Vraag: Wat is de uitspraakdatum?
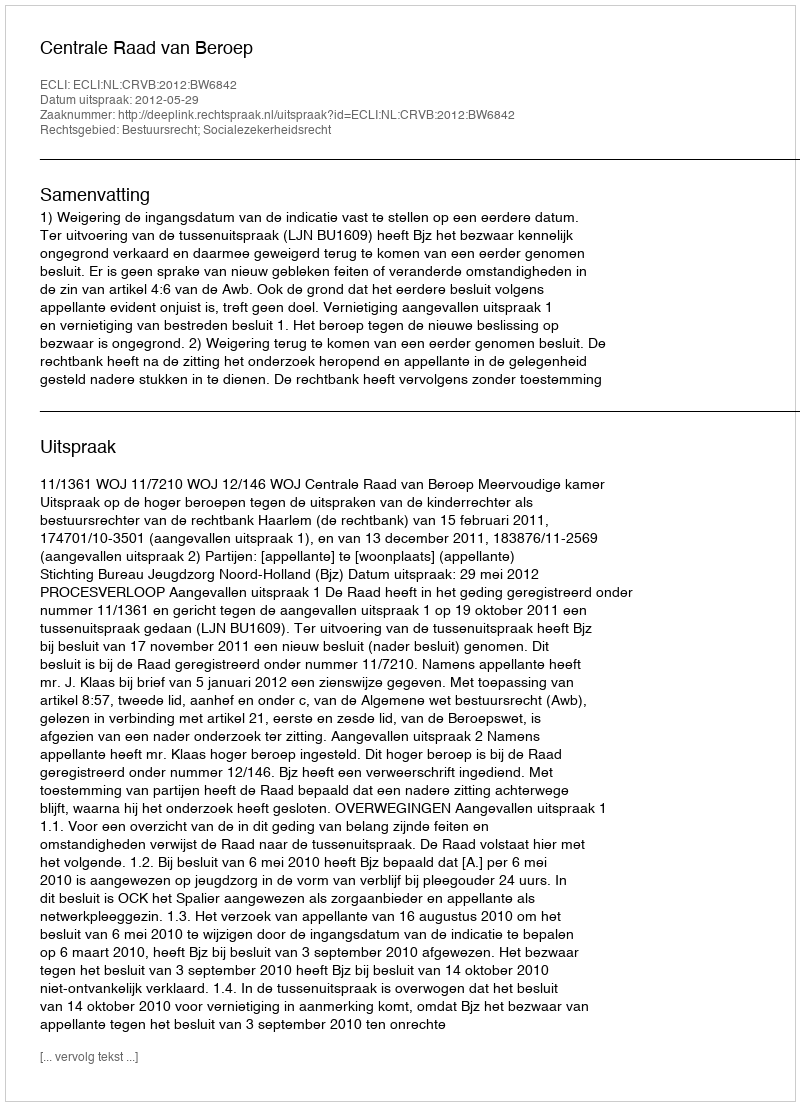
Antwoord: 2012-05-29